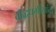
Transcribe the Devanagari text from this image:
बौद्धधर्मीयांचा